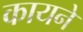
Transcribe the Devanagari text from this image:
कायने